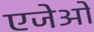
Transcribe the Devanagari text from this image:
एजेओ